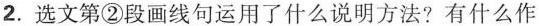
2.选文第②段画线句运用了什么说明方法?有什么作